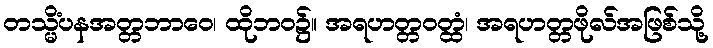
တသ္မိံပနအတ္တဘာဝေ၊ ထိုဘဝ၌။ အရဟတ္တဝတ္ထံ၊ အရဟတ္တဖိုလ်အဖြစ်သို့